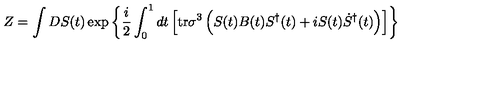
Z = \int D S ( t ) \exp \left\{ \frac { i } { 2 } \int _ { 0 } ^ { 1 } d t \left[ \mathrm { t r } \sigma ^ { 3 } \left( S ( t ) B ( t ) S ^ { \dag } ( t ) + i S ( t ) \dot { S } ^ { \dag } ( t ) \right) \right] \right\}